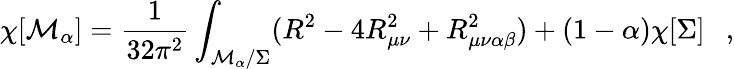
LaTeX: \chi[{\cal M}_{\alpha}]={\frac{1}{32\pi^{2}}}\int_{{\cal M}_{\alpha}/\Sigma}(R^{2}-4R_{\mu\nu}^{2}+R_{\mu\nu\alpha\beta}^{2})+(1-\alpha)\chi[\Sigma]~~~,